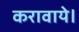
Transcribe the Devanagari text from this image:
करावाये।